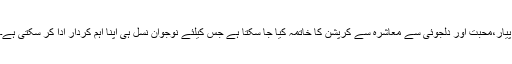
پیار،محبت اور دلجوئی سے معاشرہ سے کرپشن کا خاتمہ کیا جا سکتا ہے جس کیلئے نوجوان نسل ہی اپنا اہم کردار ادا کر سکتی ہے۔